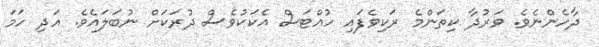
ދާހެންނެވެ. ވަރުދާ ކިތަންމެ ރަކިވެފައި ހުއްޓަސް އެކަކުވެސް ދުރަކަށް ނުބަލައެވެ. އަދި ހަމަ